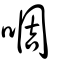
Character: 啁